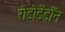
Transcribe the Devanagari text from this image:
रोडोडेंड्राँन